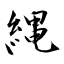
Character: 縄